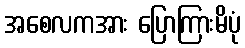
အစေလကအား ပြောကြားမိပုံ